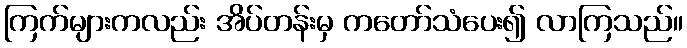
ကြက်များကလည်း အိပ်တန်းမှ ကတော်သံပေး၍ လာကြသည်။